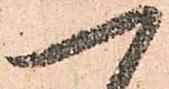
一